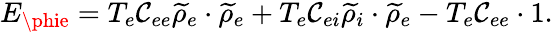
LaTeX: E_{\phie}=T_{e}\mathcal{C}_{ee}{\widetilde{\rho}}_{e}\cdot{\widetilde{\rho}}_{e}+T_{e}\mathcal{C}_{ei}{\widetilde{\rho}}_{i}\cdot{\widetilde{\rho}}_{e}-T_{e}\mathcal{C}_{ee}\cdot1.